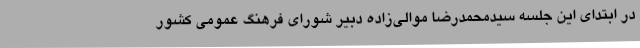
در ابتدای این جلسه سیدمحمدرضا موالی‌زاده دبیر شورای فرهنگ عمومی کشور